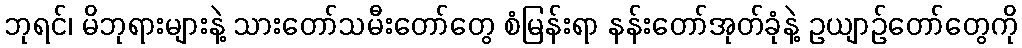
ဘုရင်၊ မိဘုရားများနဲ့ သားတော်သမီးတော်တွေ စံမြန်းရာ နန်းတော်အုတ်ခုံနဲ့ ဥယျာဉ်တော်တွေကို